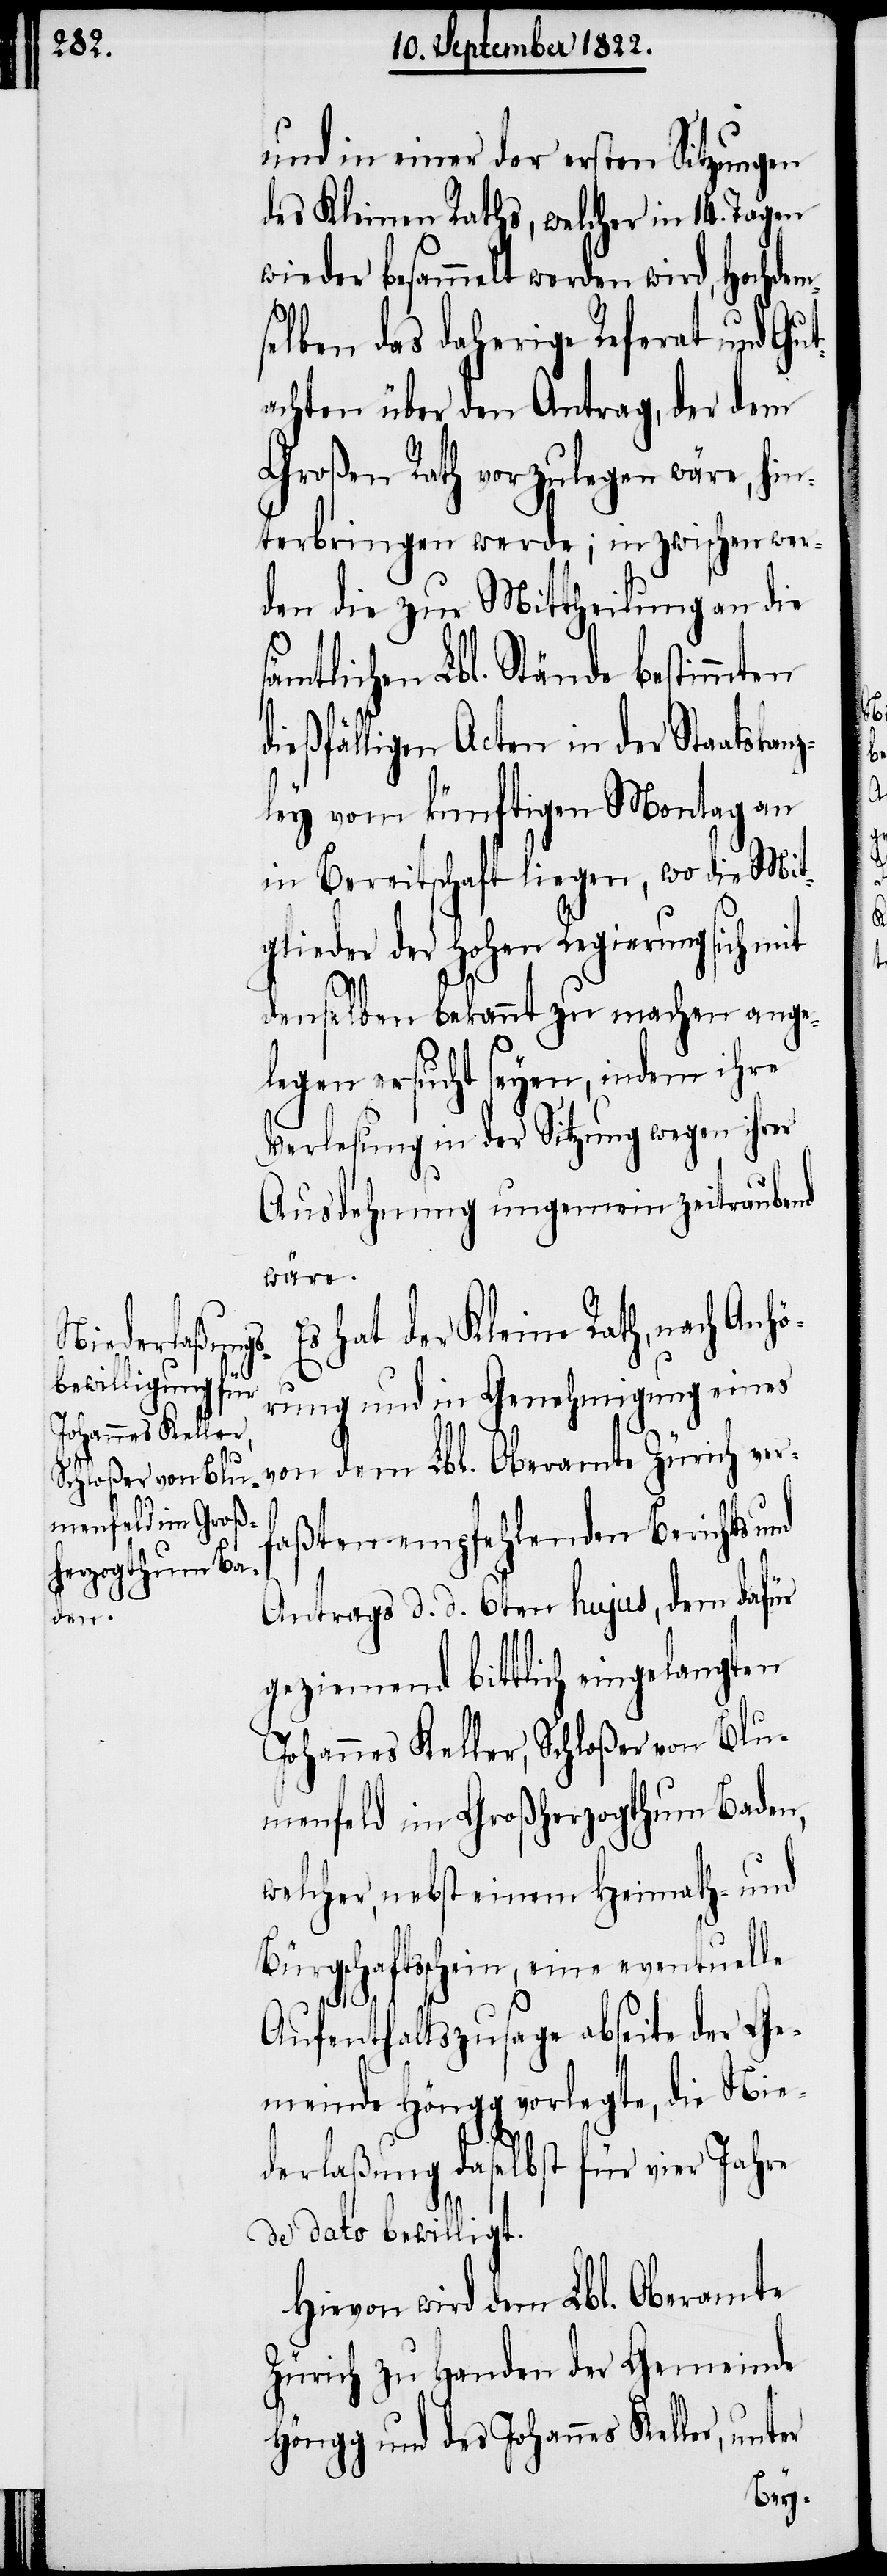
dem¬

und in einer der ersten Sitzungen
des Kleinen Raths, welcher in 14 Tagen
wieder besammelt werden wird, Hoch¬
selben das daherige Referat und Gut¬
achten über den Antrag, der dem
Großen Rath vorzulegen wäre, hin¬
terbringen werde; inzwischen wer¬
den die zur Mittheilung an die
sämtlichen Lbl. Stände bestimmten
dießfälligen Acten in der Staatskanz¬
ley vom künftigen Montag an
in Bereitschaft liegen, wo die Mit¬
glieder der Hohen Regierung sich mit
denselben bekannt zu machen ange¬
legen ersucht seyen, indem ihre
Verlesung in der Sitzung wegen ihrer
Ausdehnung ungemein zeitraubend
wäre.
Es hat der Kleine Rath, nach Anhö¬
rung und in Genehmigung eines
von dem Lbl. Oberamte Zürich verf¬
aßten empfehlenden Berichts und
Antrags d. d. 6ten hujus, dem dafür
geziemend bittlich eingelangten
Johannes Keller, Schloßer von Blu¬
menfeld im Großherzogthum Baden,
welcher, nebst einem Heimath- und
Bürgschaftsschein, eine eventuelle
Aufenthaltszusage abseite der Ge¬
meinde Höngg vorlegte, die Nie¬
derlaßung daselbst für vier Jahre
de dato bewilligt.
Hievon wird dem Lbl. Oberamte
Zürich zu Handen der Gemeinde
Höngg und des Johannes Keller, unter